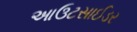
આઉટસાઈડર